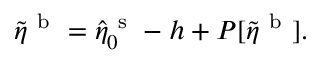
\tilde { \eta } ^ { \mathrm { ~ b ~ } } = \hat { \eta } _ { \boldsymbol 0 } ^ { \mathrm { ~ s ~ } } - h + P [ \tilde { \eta } ^ { \mathrm { ~ b ~ } } ] .